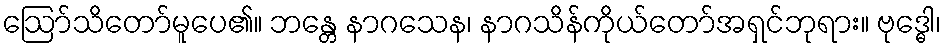
ဩော်သိတော်မူပေ၏။ ဘန္တေ နာဂသေန၊ နာဂသိန်ကိုယ်တော်အရှင်ဘုရား။ ဗုဒ္ဓေါ၊